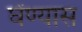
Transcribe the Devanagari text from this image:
घेंण्यास